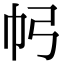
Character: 𢁠